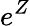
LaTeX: e^{Z}